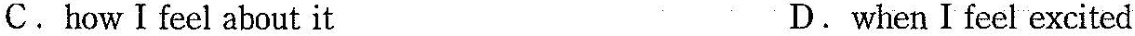
C. howⅠfeel about it D. when I feel excited